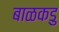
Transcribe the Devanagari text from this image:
बाळकडु